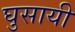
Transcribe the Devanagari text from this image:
घुसायी